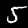
Digit: 5